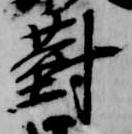
対